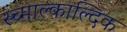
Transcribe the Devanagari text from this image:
स्च्माल्काल्दिक